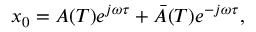
x _ { 0 } = A ( T ) e ^ { j \omega \tau } + \bar { A } ( T ) e ^ { - j \omega \tau } ,